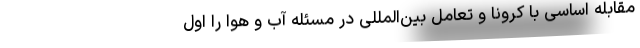
مقابله اساسی با کرونا و تعامل بین‌المللی در مسئله آب و هوا را اول